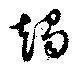
趨